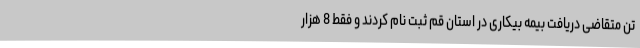
تن متقاضی دریافت بیمه بیکاری در استان قم ثبت نام کردند و فقط 8 هزار